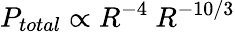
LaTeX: P_{total}\propto R^{-4}~R^{-10/3}